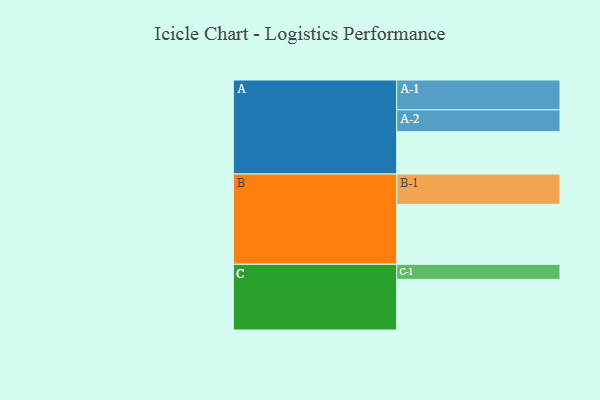
{"axis": {"x": "Segment", "y": "Value"}, "legend": ["", "A", "B", "C"], "data": [{"x": "A", "y": 412, "type": ""}, {"x": "B", "y": 584, "type": ""}, {"x": "C", "y": 493, "type": ""}, {"x": "A-1", "y": 290, "type": "A"}, {"x": "A-2", "y": 214, "type": "A"}, {"x": "B-1", "y": 295, "type": "B"}, {"x": "C-1", "y": 147, "type": "C"}]}